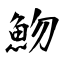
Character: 魩